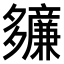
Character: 𫯙